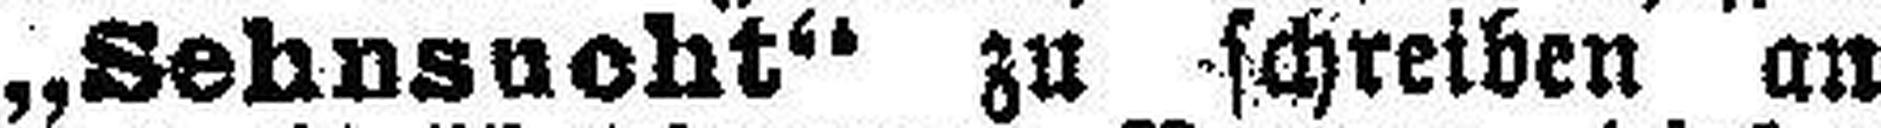
„Sehnsucht“ zu schreiben an